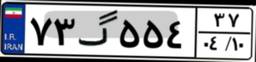
۷۳گ۵۵۴۳۷